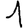
Digit: 1